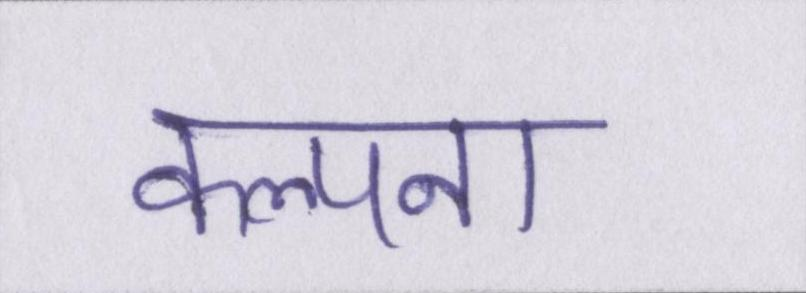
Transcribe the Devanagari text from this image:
कल्पना